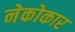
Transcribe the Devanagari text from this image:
नेकोकार